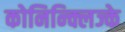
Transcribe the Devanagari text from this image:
कोनिन्क्लिज्के